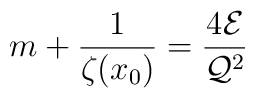
m+\frac{1}{\zeta(x_0)}=\frac{4{\cal E}}{{\cal Q}^2}